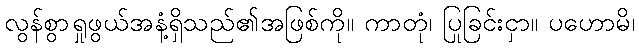
လွန်စွာရှုဖွယ်အနံ့ရှိသည်၏အဖြစ်ကို။ ကာတုံ၊ ပြုခြင်းငှာ။ ပဟောမိ၊